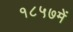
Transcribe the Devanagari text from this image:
१८५७में